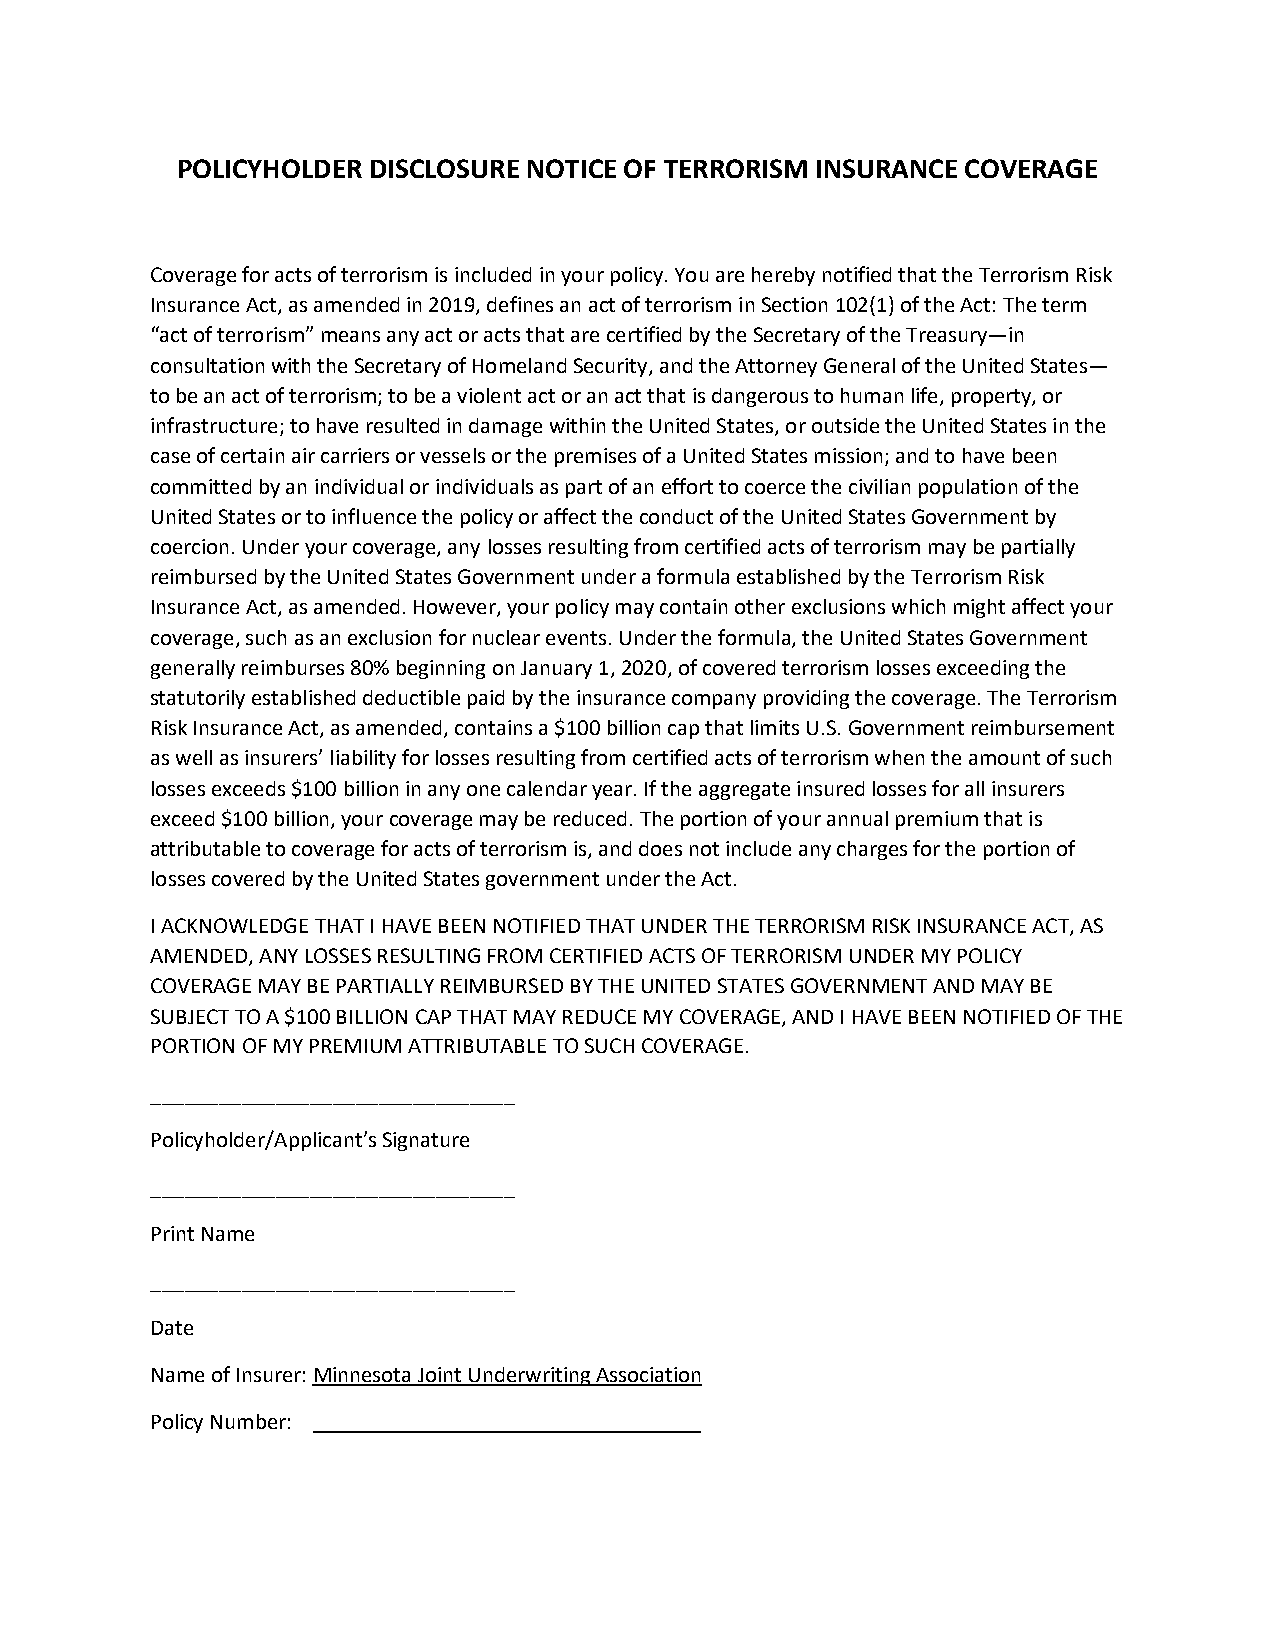
POLICYHOLDER DISCLOSURE NOTICE OF TERRORISM INSURANCE COVERAGE
 Coverage for acts of terrorism is included in your policy. You are hereby notified that the Terrorism Risk
 Insurance Act, as amended in 2019, defines an act of terrorism in Section 102(1) of the Act: The term
 “act of terrorism” means any act or acts that are certified by the Secretary of the Treasury—in
 consultation with the Secretary of Homeland Security, and the Attorney General of the United States—
 to be an act of terrorism; to be a violent act or an act that is dangerous to human life, property, or
 infrastructure; to have resulted in damage within the United States, or outside the United States in the
 case of certain air carriers or vessels or the premises of a United States mission; and to have been
 committed by an individual or individuals as part of an effort to coerce the civilian population of the
 United States or to influence the policy or affect the conduct of the United States Government by
 coercion. Under your coverage, any losses resulting from certified acts of terrorism may be partially
 reimbursed by the United States Government under a formula established by the Terrorism Risk
 Insurance Act, as amended. However, your policy may contain other exclusions which might affect your
 coverage, such as an exclusion for nuclear events. Under the formula, the United States Government
 generally reimburses 80% beginning on January 1, 2020, of covered terrorism losses exceeding the
 statutorily established deductible paid by the insurance company providing the coverage. The Terrorism
 Risk Insurance Act, as amended, contains a $100 billion cap that limits U.S. Government reimbursement
 as well as insurers’ liability for losses resulting from certified acts of terrorism when the amount of such
 losses exceeds $100 billion in any one calendar year. If the aggregate insured losses for all insurers
 exceed $100 billion, your coverage may be reduced. The portion of your annual premium that is
 attributable to coverage for acts of terrorism is, and does not include any charges for the portion of
 losses covered by the United States government under the Act.
 I ACKNOWLEDGE THAT I HAVE BEEN NOTIFIED THAT UNDER THE TERRORISM RISK INSURANCE ACT, AS
 AMENDED, ANY LOSSES RESULTING FROM CERTIFIED ACTS OF TERRORISM UNDER MY POLICY
 COVERAGE MAY BE PARTIALLY REIMBURSED BY THE UNITED STATES GOVERNMENT AND MAY BE
 SUBJECT TO A $100 BILLION CAP THAT MAY REDUCE MY COVERAGE, AND I HAVE BEEN NOTIFIED OF THE
 PORTION OF MY PREMIUM ATTRIBUTABLE TO SUCH COVERAGE.
 ________________________________
 Policyholder/Applicant’s Signature
 ________________________________
 Print Name
 ________________________________
 Date
 Name of Insurer: Minnesota Joint Underwriting Association
 Policy Number: __________________________________